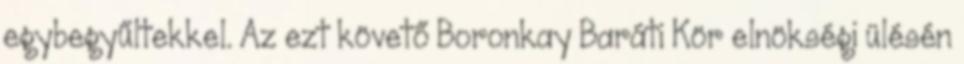
egybegyűltekkel. Az ezt követő Boronkay Baráti Kör elnökségi ülésén